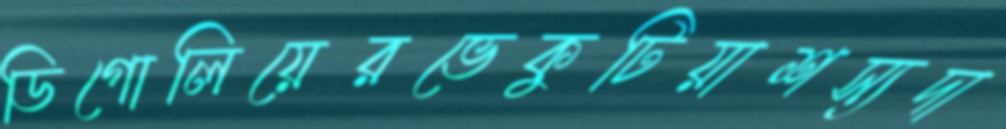
ডিগোলিয়েরভেকুটিয়াশস্যদা